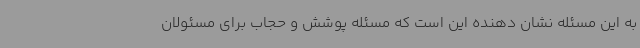
به این مسئله نشان دهنده این است که مسئله پوشش و حجاب برای مسئولان